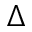
\Delta